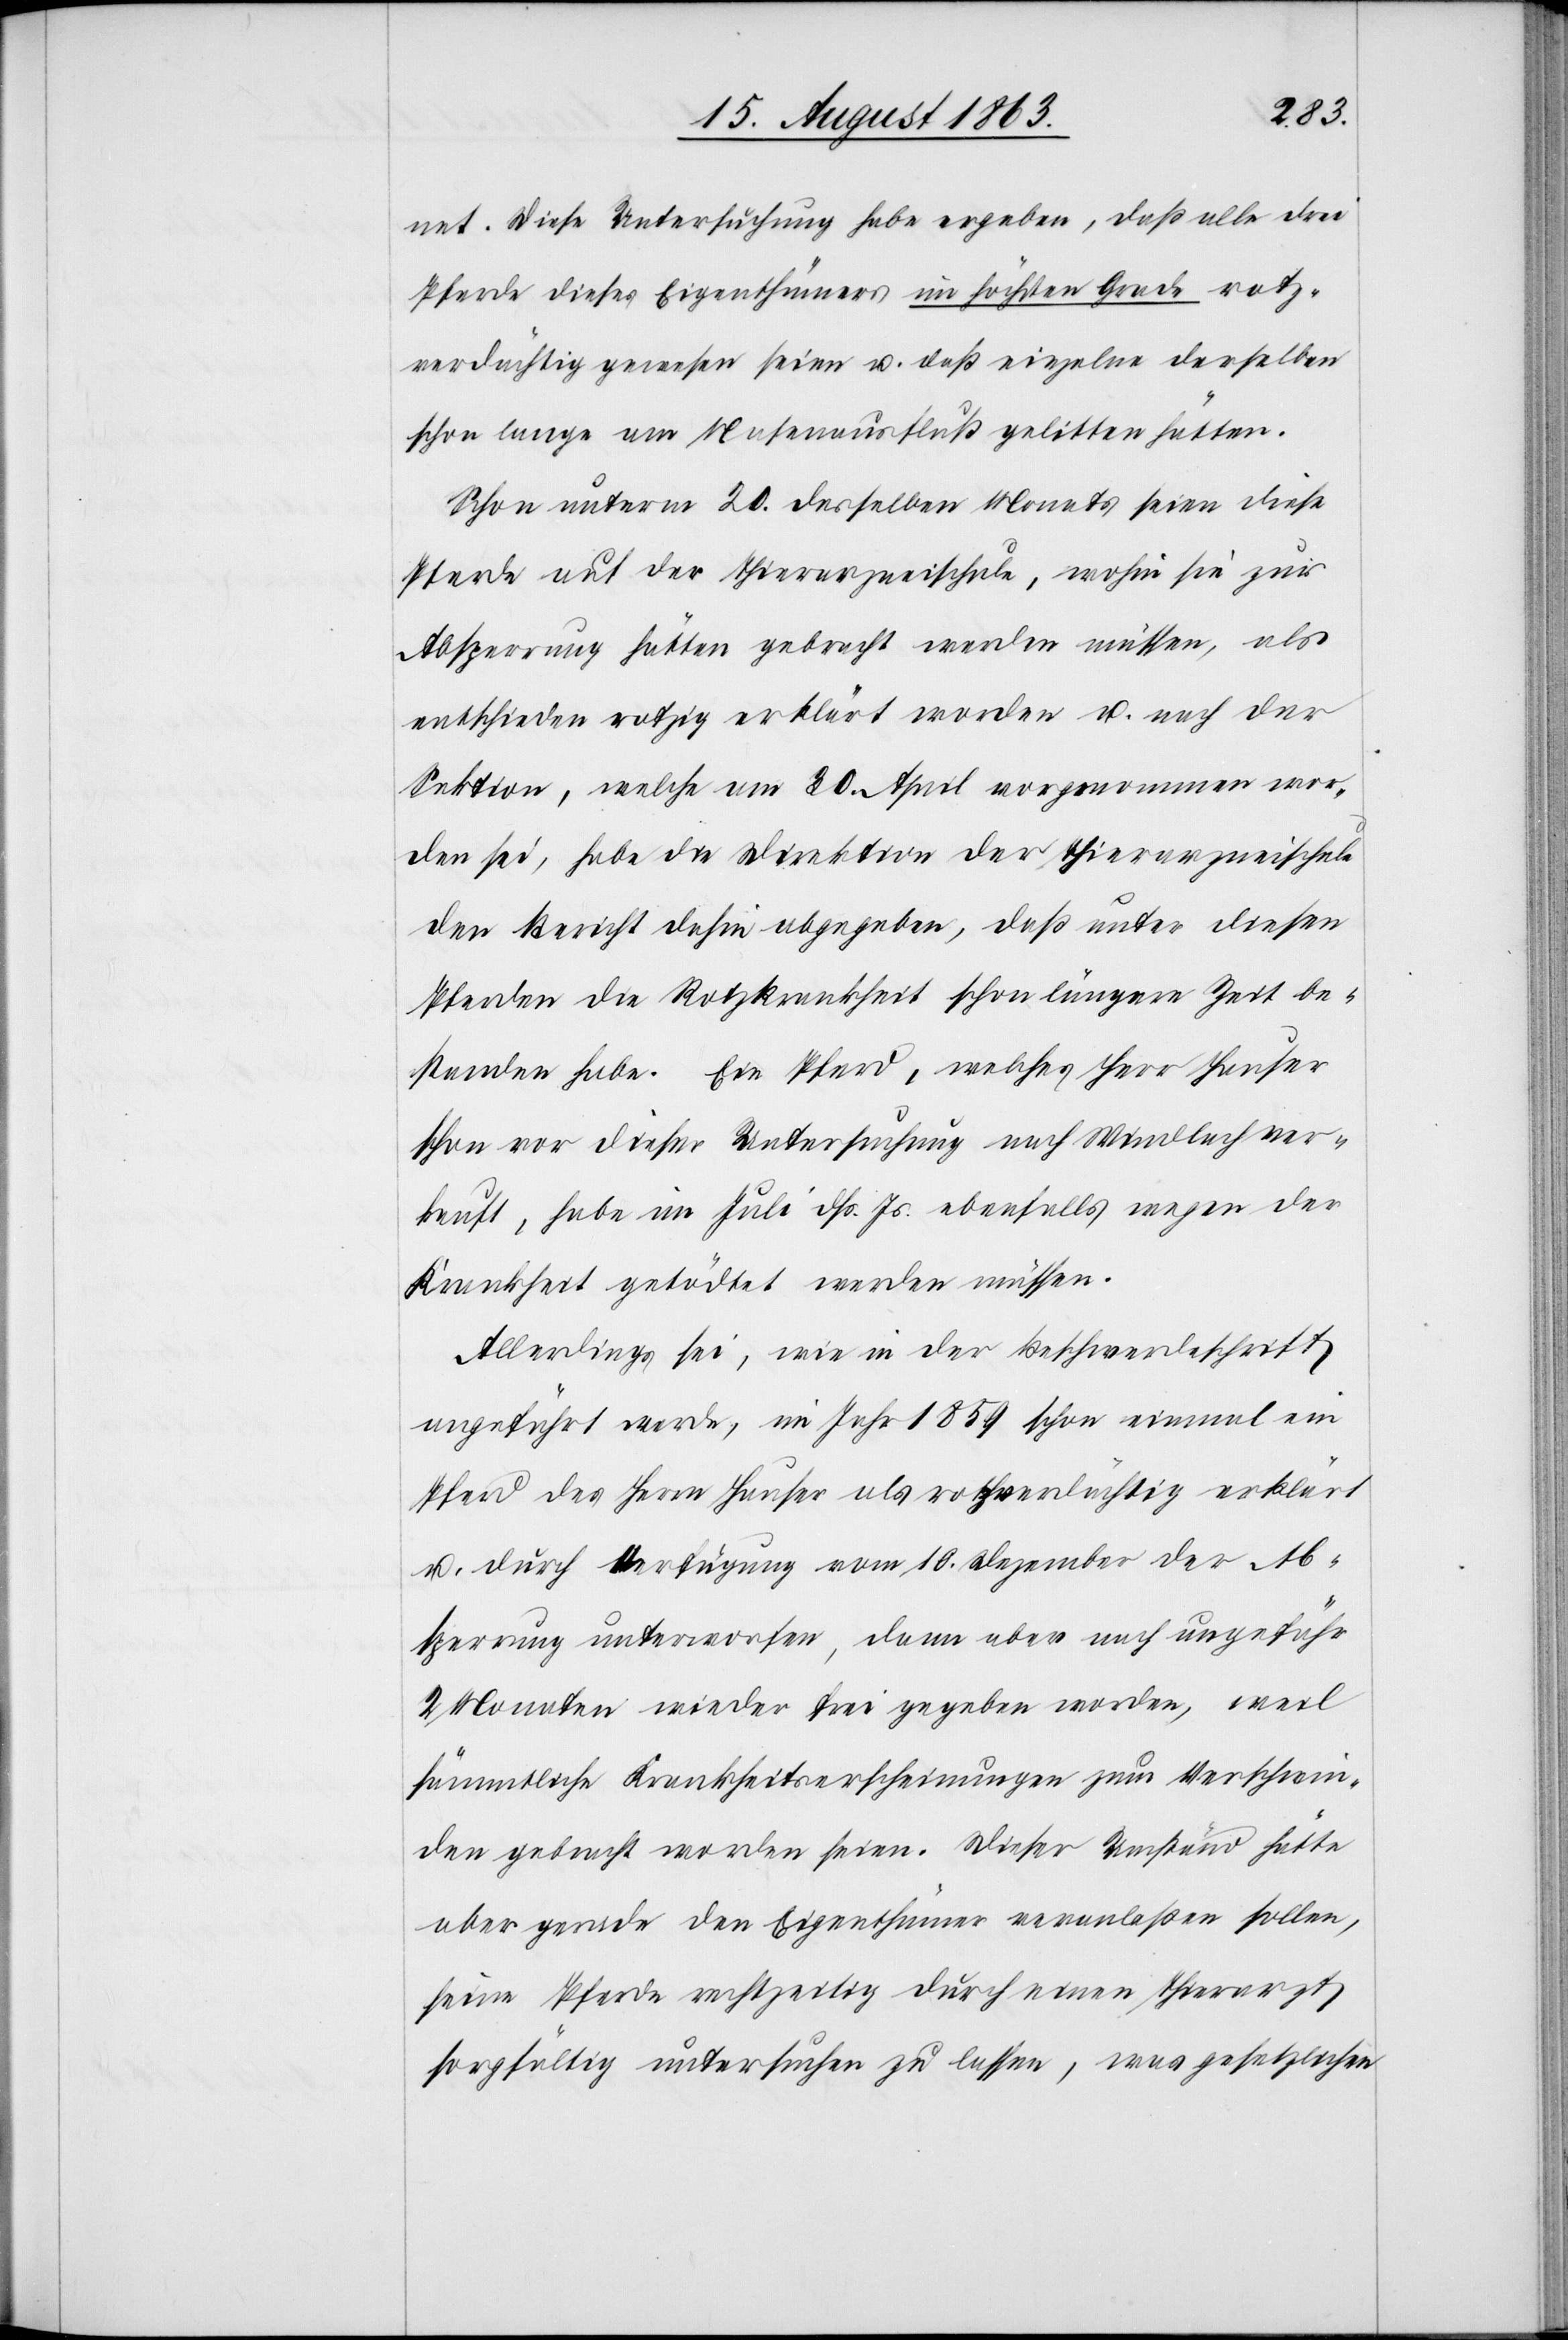
net. Diese Untersuchung habe ergeben, daß alle drei
Pferde dieses Eigenthümers im höchsten Grade rotz¬
verdächtig gewesen seien u. daß einzelne derselben
schon lange am Nasenausfluß gelitten hätten.
Schon unterm 20. desselben Monats seien diese
Pferde auf der Thierarzneischule, wohin sie zur
Absperrung hätten gebracht werden müssen, als
entschieden rotzig erklärt worden u. nach der
Sektion, welche am 30. April vorgenommen wor¬
den sei, habe die Direktion der Thierarzneischule
den Bericht dahin abgegeben, daß unter diesen
Pferden die Rotzkrankheit schon längere Zeit be¬
standen habe. Ein Pferd, welches Herr Hauser
schon vor dieser Untersuchung nach Windlach ver¬
kauft, habe im Juli dß. Js. ebenfalls wegen der
Krankheit getödtet werden müssen.
Allerdings sei, wie in der Beschwerdeschrift
angeführt werde, im Jahr 1859 schon einmal ein
Pferd des Herrn Hauser als rotzverdächtig erklärt
u. durch Verfügung vom 10. Dezember der Ab¬
sperrung unterworfen, dann aber nach ungefähr
2 Monaten wieder frei gegeben worden, weil
sämmtliche Krankheitserscheinungen zum Verschwin¬
den gebracht worden seien. Dieser Umständ [sic!]
aber gerade den Eigenthümer veranlaßen sollen,
seine Pferde rechtzeitig durch einen Thierarzt
sorgfältig untersuchen zu lassen, was gesetzlichen